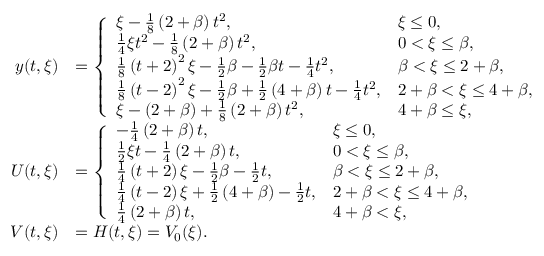
\begin{array} { r l } { y ( t , \xi ) } & { = \left\{ \begin{array} { l l } { \xi - \frac { 1 } { 8 } \left( 2 + \beta \right) t ^ { 2 } , } & { \xi \leq 0 , } \\ { \frac { 1 } { 4 } \xi t ^ { 2 } - \frac { 1 } { 8 } \left( 2 + \beta \right) t ^ { 2 } , } & { 0 < \xi \leq \beta , } \\ { \frac { 1 } { 8 } \left( t + 2 \right) ^ { 2 } \xi - \frac 1 2 \beta - \frac 1 2 \beta t - \frac 1 4 t ^ { 2 } , } & { \beta < \xi \leq 2 + \beta , } \\ { \frac { 1 } { 8 } \left( t - 2 \right) ^ { 2 } \xi - \frac 1 2 \beta + \frac 1 2 \left( 4 + \beta \right) t - \frac 1 4 t ^ { 2 } , } & { 2 + \beta < \xi \leq 4 + \beta , } \\ { \xi - ( 2 + \beta ) + \frac 1 8 \left( 2 + \beta \right) t ^ { 2 } , } & { 4 + \beta \leq \xi , } \end{array} \right. } \\ { U ( t , \xi ) } & { = \left\{ \begin{array} { l l } { - \frac { 1 } { 4 } \left( 2 + \beta \right) t , } & { \xi \leq 0 , } \\ { \frac { 1 } { 2 } \xi t - \frac { 1 } { 4 } \left( 2 + \beta \right) t , } & { 0 < \xi \leq \beta , } \\ { \frac { 1 } { 4 } \left( t + 2 \right) \xi - \frac 1 2 \beta - \frac 1 2 t , } & { \beta < \xi \leq 2 + \beta , } \\ { \frac { 1 } { 4 } \left( t - 2 \right) \xi + \frac 1 2 \left( 4 + \beta \right) - \frac 1 2 t , } & { 2 + \beta < \xi \leq 4 + \beta , } \\ { \frac { 1 } { 4 } \left( 2 + \beta \right) t , } & { 4 + \beta < \xi , } \end{array} \right. } \\ { V ( t , \xi ) } & { = H ( t , \xi ) = V _ { 0 } ( \xi ) . } \end{array}